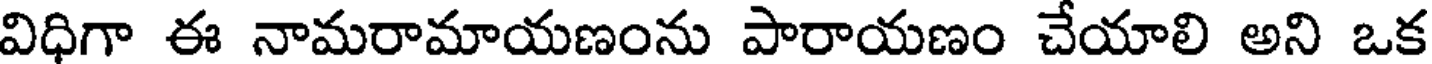
విధిగా ఈ నామరామాయణంను పారాయణం చేయాలి అని ఒక